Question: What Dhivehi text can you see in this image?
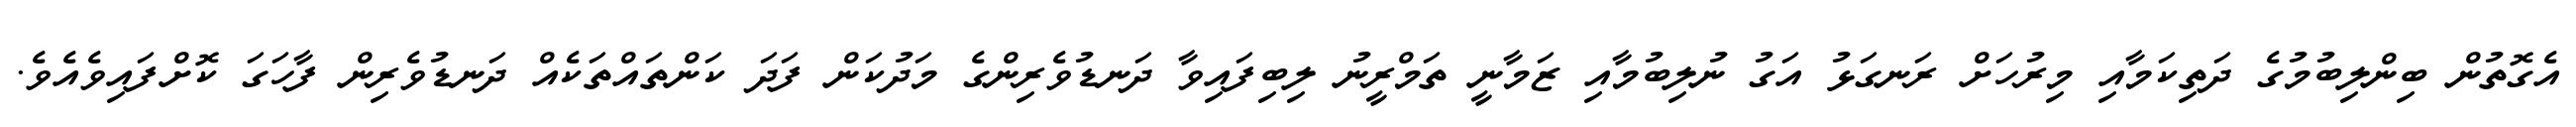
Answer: އެގޮތުން ބިންލިބުމުގެ ދަތިކަމާއި މިރުހަށް ރަނގަޅު އަގު ނުލިބުމާއި ޒަމާނީ ތަމްރީނު ލިބިފައިވާ ދަނޑުވެރިންގެ މަދުކަން ފަދަ ކަންތައްތަކެއް ދަނޑުވެރިން ފާހަގަ ކޮށްފައިވެއެވެ.